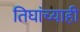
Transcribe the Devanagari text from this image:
तिघांच्याही